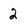
Character: 2